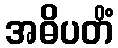
အဓိပတိံ